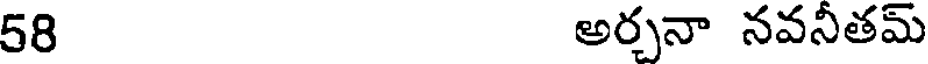
58 అర్చనా నవనీతమ్